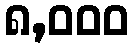
၈,၀၀၀